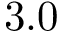
3 . 0